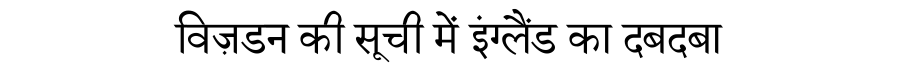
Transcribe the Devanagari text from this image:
विज़डन की सूची में इंग्लैंड का दबदबा